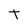
Character: t